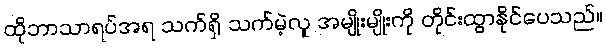
ထိုဘာသာရပ်အရ သက်ရှိ သက်မဲ့လူ အမျိုးမျိုးကို တိုင်းထွာနိုင်ပေသည်။